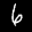
Label: 6